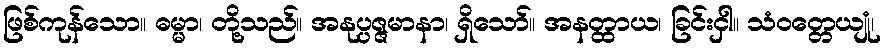
ဖြစ်ကုန်သော။ ဓမ္မာ၊ တို့သည်။ အနုပ္ပဇ္ဇမာနာ၊ ရှိသော်။ အနတ္ထာယ၊ ခြင်းငှါ။ သံဝတ္တေယျုံ၊